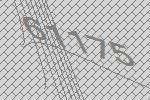
61175